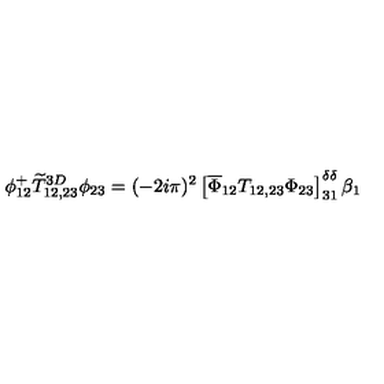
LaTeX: \phi _ { 1 2 } ^ { + } \widetilde T _ { 1 2 , 2 3 } ^ { 3 D } \phi _ { 2 3 } = ( - 2 i \pi ) ^ { 2 } \left[ \overline { \Phi } _ { 1 2 } T _ { 1 2 , 2 3 } \Phi _ { 2 3 } \right] _ { 3 1 } ^ { \delta \delta } \beta _ { 1 }